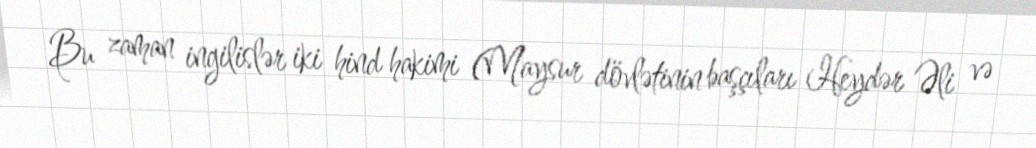
Bu zaman ingilislər iki hind hakimi (Maysur dövlətinin başçıları Heydər Əli və